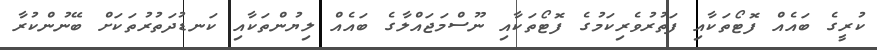
ކުރީގެ ބައެއް ފޮޓޯތަކާއި ފަތުރުވެރިކަމުގެ ފޮޓޯތަކާއި ނޫސްމަޖައްލާގެ ބައެއް ލިޔުންތަކާއި ކަނޑުދަތުރުތަކަށް ބޭނުންކުރާ